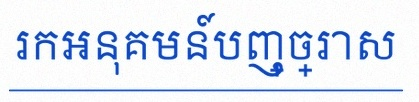
រកអនុគមន៍បញ្ច្រាស